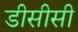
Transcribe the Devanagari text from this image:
डीसीसी